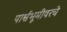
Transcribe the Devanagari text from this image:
पार्श्वभूमीवरचे